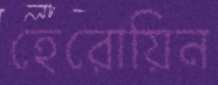
হেরোয়িন